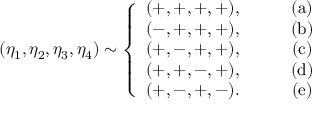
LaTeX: ( \eta _ { 1 } , \eta _ { 2 } , \eta _ { 3 } , \eta _ { 4 } ) \sim \left\{ \begin{array} { c c } { { ( + , + , + , + ) , } } & { { \qquad ( \mathrm { a } ) } } \\ { { ( - , + , + , + ) , } } & { { \qquad ( \mathrm { b } ) } } \\ { { ( + , - , + , + ) , } } & { { \qquad ( \mathrm { c } ) } } \\ { { ( + , + , - , + ) , } } & { { \qquad ( \mathrm { d } ) } } \\ { { ( + , - , + , - ) . } } & { { \qquad ( \mathrm { e } ) } } \end{array} \right.